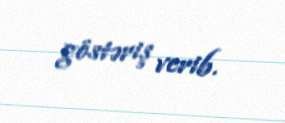
göstəriş verib.